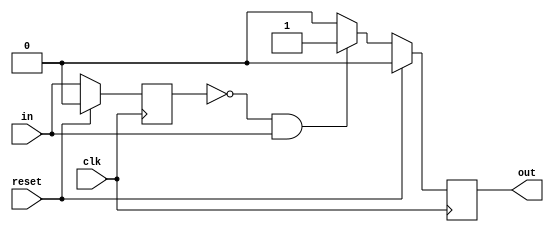
`default_nettype none
module pulse (
	input wire clk,
	input wire in,
    input wire reset,
    output reg out
    );

    reg last;
    always @(posedge clk) begin
        if(reset)begin
            last <= 0;
            out <= 0;
        end else begin
            last <= in;
            if(last == 0 && in == 1)
                out <= 1;
            else
                out <= 0;
        end     
    end

endmodule